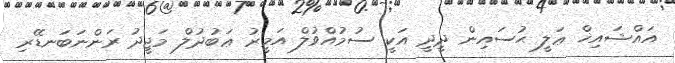
އައްޝައިޚް ޢަލީ ޙުސައިން ދީދީ އަކީ ސުމުއްވުލް އަމީރު ޢަބުދުލް މަޖީދު ރަންނަބަނޑޭރި